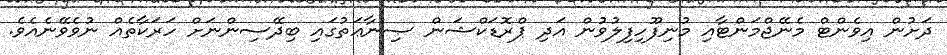
ދަށުން އިވެންޓް މެނޭޖްމަންޓާއި މުނިފޫހިފިލުވުން އަދި ޕްރޮޑަކްޝަން ޞިނާޢަތުގައި ބިދޭސިންނަށް ހަރަކާތެއް ނުވެވޭނެއެވެ.